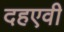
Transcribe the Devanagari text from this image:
दहएवी